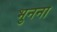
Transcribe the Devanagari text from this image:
भुनना